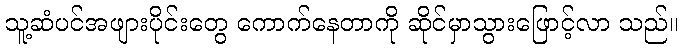
သူ့ဆံပင်အဖျားပိုင်းတွေ ကောက်နေတာကို ဆိုင်မှာသွားဖြောင့်လာ သည်။